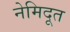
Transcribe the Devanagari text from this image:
नेमिदूत